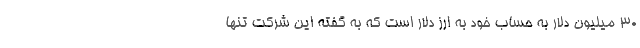
۳۰ میلیون دلار به حساب خود به ارز دلار است که به گفته این شرکت تنها